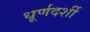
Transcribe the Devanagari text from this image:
धूर्णदर्शी